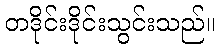
တဒိုင်းဒိုင်းသွင်းသည်။